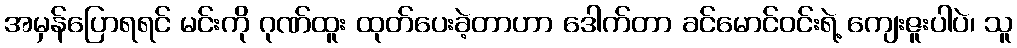
အမှန်ပြောရရင် မင်းကို ဂုဏ်ထူး ထုတ်ပေးခဲ့တာဟာ ဒေါက်တာ ခင်မောင်ဝင်းရဲ့ ကျေးဇူးပါပဲ၊ သူ